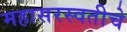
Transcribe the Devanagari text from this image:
महासरस्वतीचे